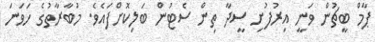
ޕާމް ބީޗުން ވަނީ އިރުފުށި ސީދާ ތިން ސެޓުން ބަލިކޮށްފައެވެ. މުބާރާތުގެ ހަވަނަ